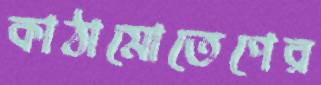
কাঠামোতেপের